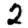
Digit: 2